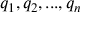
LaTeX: q _ { 1 } , q _ { 2 } , . . . , q _ { n }